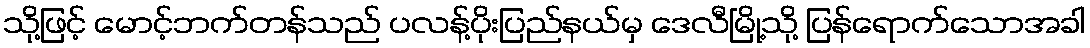
သို့ဖြင့် မောင့်ဘက်တန်သည် ပလန့်ပိုးပြည်နယ်မှ ဒေလီမြို့သို့ ပြန်ရောက်သောအခါ